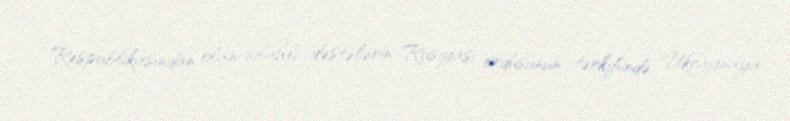
Respublikasından olan silahlı dəstələrin Rusiyası ordusunun tərkibində Ukraynaya